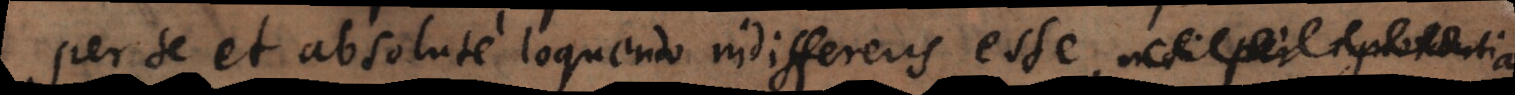
per se et absolute loquendo indifferens esse,